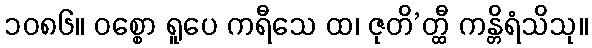
၁၀၈၆။ ဝစ္စော ရူပေ ကရီသေ ထ၊ ဇုတိ’တ္ထီ ကန္တိရံသိသု။